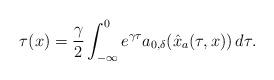
LaTeX: \begin{align*}\tau(x) = \dfrac{\gamma}{2} \int_{-\infty}^0 e^{\gamma\tau} a_{0,\delta}(\hat{x}_a(\tau,x))\,d\tau.\end{align*}